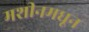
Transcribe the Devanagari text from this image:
मशीनमधून